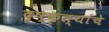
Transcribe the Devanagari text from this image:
दृष्कृत्यांचे